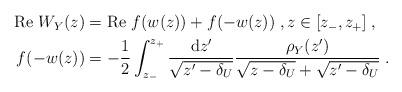
LaTeX: \begin{align*}\begin{aligned}\mathrm{Re}\ W_Y(z)&=\mathrm{Re}\ f(w(z))+f(-w(z))\;,z\in[z_-,z_+]\;,\\f(-w(z))&=-\frac{1}{2}\int_{z_-}^{z_+}\frac{\mathrm{d}z'}{\sqrt{z'-\delta_U}}\frac{\rho_Y(z')}{\sqrt{z-\delta_U}+\sqrt{z'-\delta_U}}\;.\end{aligned}\end{align*}